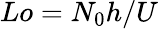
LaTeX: Lo=N_{0}h/U